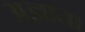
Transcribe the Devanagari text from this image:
अज्ञाता